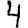
Digit: 4